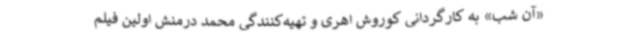
«آن شب» به کارگردانی کوروش اهری و تهیه‌کنندگی محمد درمنش اولین فیلم